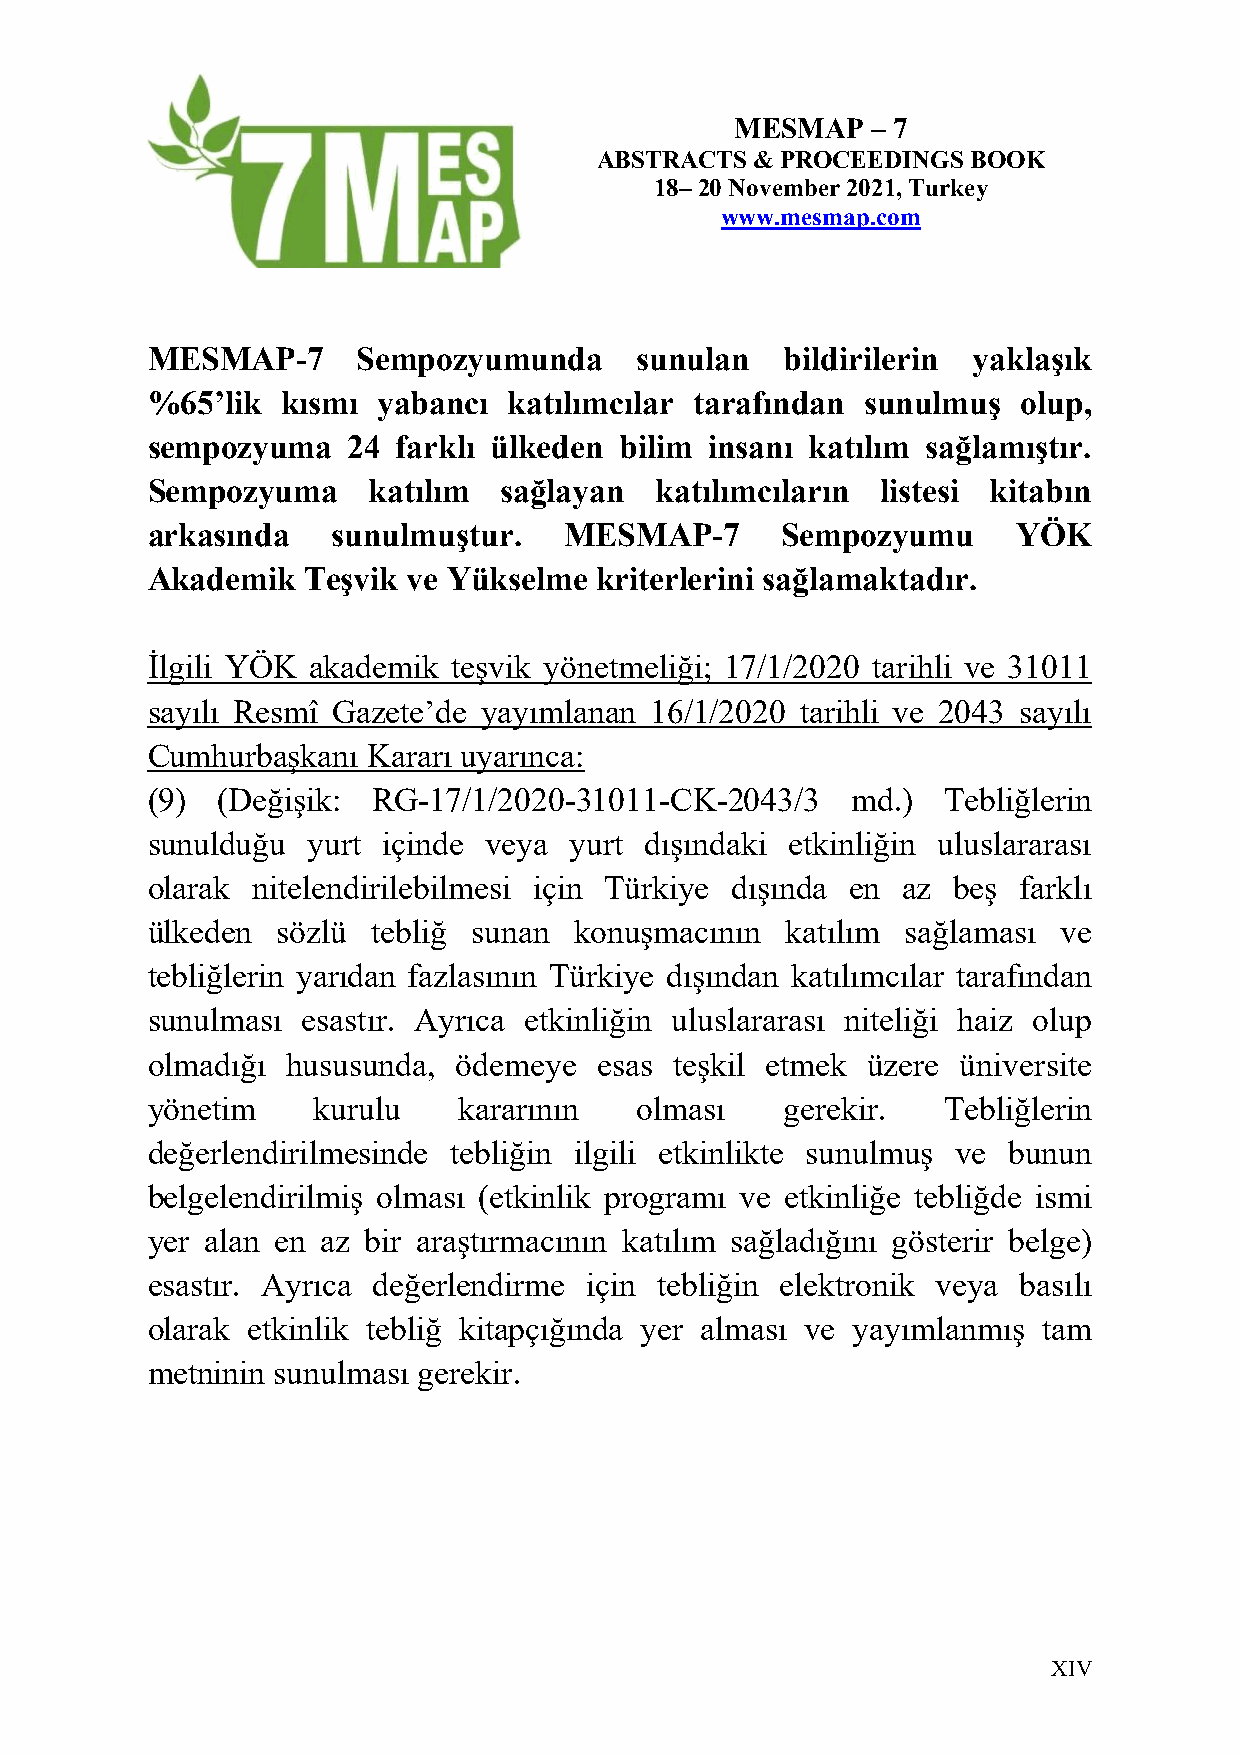
MESMAP   – 7
 ABSTRACTS & PROCEEDINGS BOOK
 18– 20 November 2021, Turkey
 www.mesmap.com
 MESMAP-7      Sempozyumunda     sunulan   bildirilerin yaklaşık
 %65’lik  kısmı yabancı  katılımcılar tarafından sunulmuş  olup,
 sempozyuma   24 farklı ülkeden bilim insanı katılım sağlamıştır.
 Sempozyuma    katılım  sağlayan  katılımcıların listesi kitabın
 arkasında   sunulmuştur.   MESMAP-7       Sempozyumu     YÖK
 Akademik  Teşvik ve Yükselme kriterlerini sağlamaktadır.
 İlgili YÖK akademik teşvik yönetmeliği; 17/1/2020 tarihli ve 31011
 sayılı Resmî Gazete’de yayımlanan 16/1/2020 tarihli ve 2043 sayılı
 Cumhurbaşkanı Kararı uyarınca:
 (9) (Değişik:  RG-17/1/2020-31011-CK-2043/3   md.)  Tebliğlerin
 sunulduğu yurt içinde veya  yurt dışındaki etkinliğin uluslararası
 olarak nitelendirilebilmesi için Türkiye dışında en az beş farklı
 ülkeden sözlü  tebliğ sunan konuşmacının  katılım sağlaması ve
 tebliğlerin yarıdan fazlasının Türkiye dışından katılımcılar tarafından
 sunulması esastır. Ayrıca etkinliğin uluslararası niteliği haiz olup
 olmadığı hususunda, ödemeye   esas teşkil etmek üzere üniversite
 yönetim    kurulu   kararının   olması    gerekir.  Tebliğlerin
 değerlendirilmesinde tebliğin ilgili etkinlikte sunulmuş ve bunun
 belgelendirilmiş olması (etkinlik programı ve etkinliğe tebliğde ismi
 yer alan en az bir araştırmacının katılım sağladığını gösterir belge)
 esastır. Ayrıca değerlendirme için tebliğin elektronik veya basılı
 olarak etkinlik tebliğ kitapçığında yer alması ve yayımlanmış tam
 metninin sunulması gerekir.
 X IV